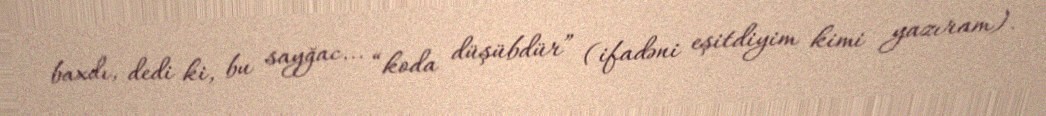
baxdı, dedi ki, bu sayğac... “koda düşübdür” (ifadəni eşitdiyim kimi yazıram).